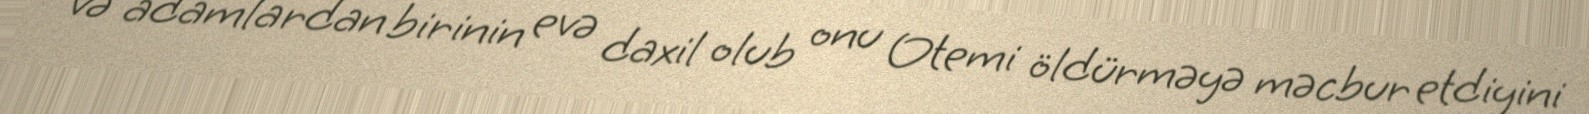
və adamlardan birinin evə daxil olub onu Otemi öldürməyə məcbur etdiyini